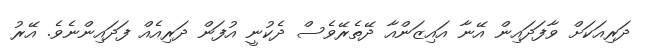
ދަރިއަކަށް ވާފަދައިން އޭނާ އައިޒަންއާ ދޭތެރޭވެސް ދެކުނީ އުފަން ދަރިއެއް ފަދައިންނެވެ. އޭރު